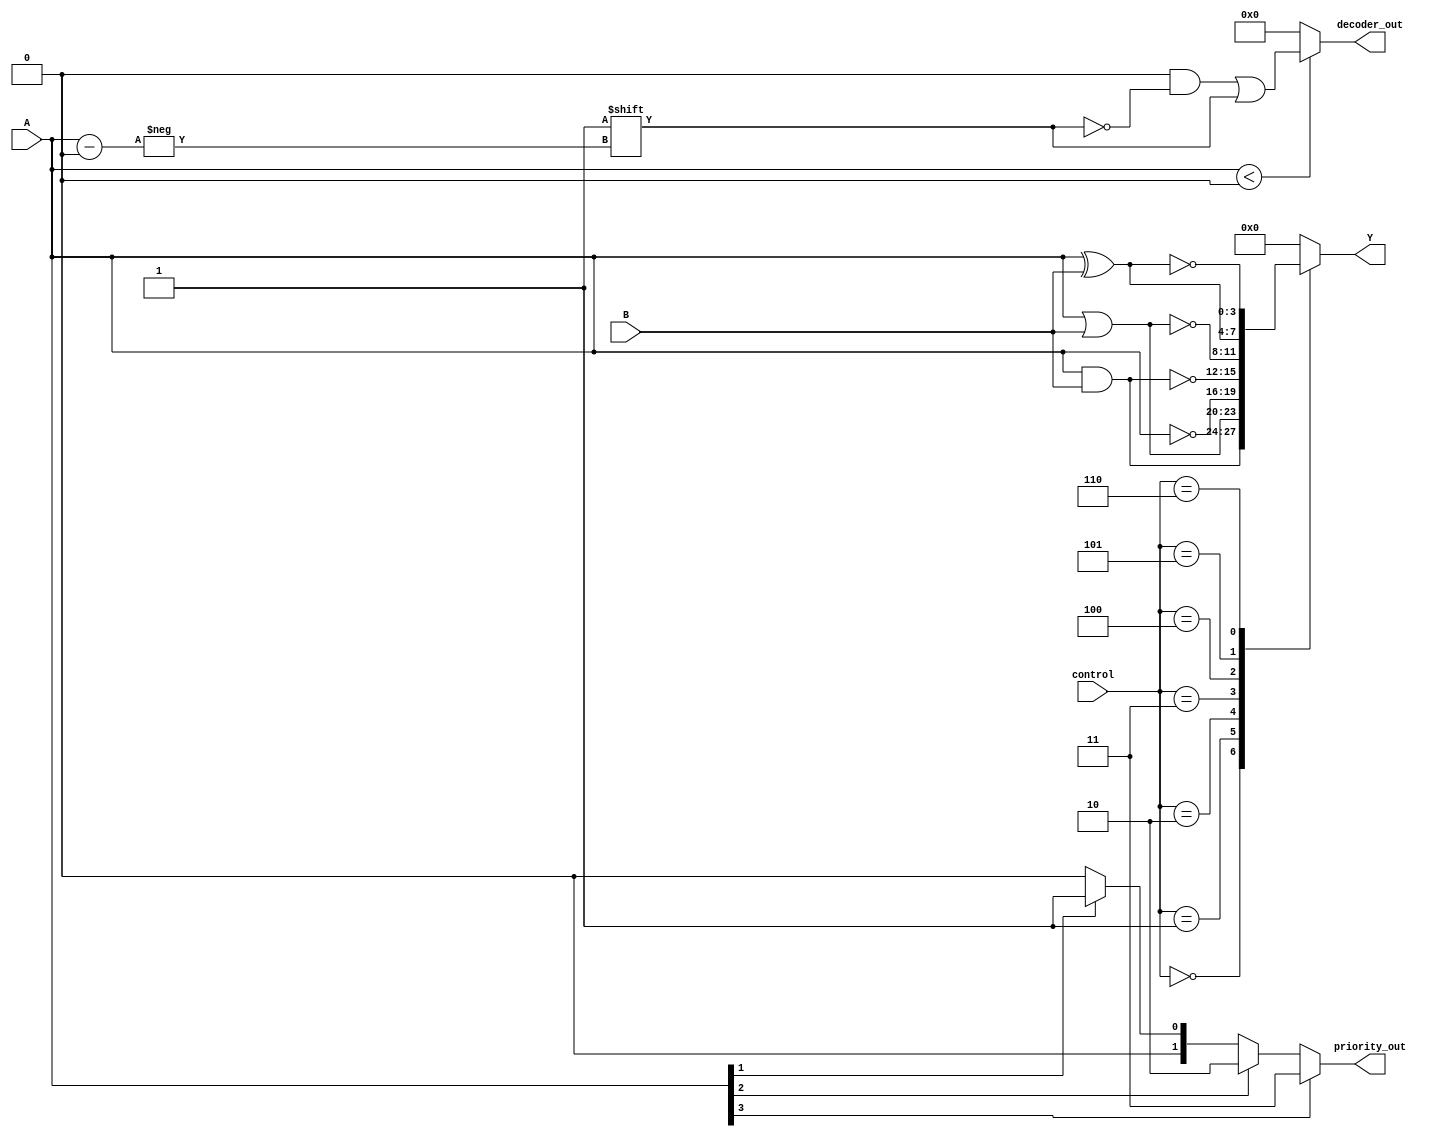
module CombinationalLogic (
    input [3:0] A,         // Input lines (4-bit input for this example)
    input [3:0] B,         // Second input lines (optional)
    input [2:0] control,   // Control signals for selecting logic operations
    output [3:0] Y,        // Output lines (4-bit output)
    output reg [1:0] priority_out, // Priority encoder output
    output reg [15:0] decoder_out  // Decoder output (for 4-bit input)
);

// Logic Operation Control Signals
parameter AND = 3'b000;
parameter OR  = 3'b001;
parameter NOT = 3'b010;
parameter NAND = 3'b011;
parameter NOR = 3'b100;
parameter XOR = 3'b101;
parameter XNOR = 3'b110;

// Combinational Logic Operations
always @(*) begin
    case (control)
        AND:  Y = A & B;
        OR:   Y = A | B;
        NOT:  Y = ~A;
        NAND: Y = ~(A & B);
        NOR:  Y = ~(A | B);
        XOR:  Y = A ^ B;
        XNOR: Y = ~(A ^ B);
        default: Y = 4'b0000;   // Default case
    endcase
end

// Priority Encoder
always @(*) begin
    priority_out = 2'b00; // Default output
    if (A[3] == 1'b1)
        priority_out = 2'b11; // Highest priority
    else if (A[2] == 1'b1)
        priority_out = 2'b10;
    else if (A[1] == 1'b1)
        priority_out = 2'b01;
    else if (A[0] == 1'b1)
        priority_out = 2'b00; // Lowest priority
end

// Decoder Logic
always @(*) begin
    decoder_out = 16'b0000_0000_0000_0000; // Default output
    if (A < 4'b10000) begin // A can only be 0-15
        decoder_out[A] = 1'b1; // Active one-hot output
    end
end

endmodule